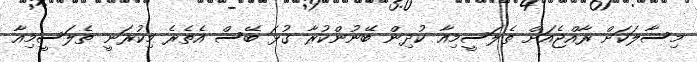
މިސާލަކަށް ރާއްޖެއަށް ތެލަސީމިއާ ކުދިން ބޭނުންކުރާ ގުޅަ ބޭސް އެތެރެ މިކުރަނީ ތެލަސީމިއާ